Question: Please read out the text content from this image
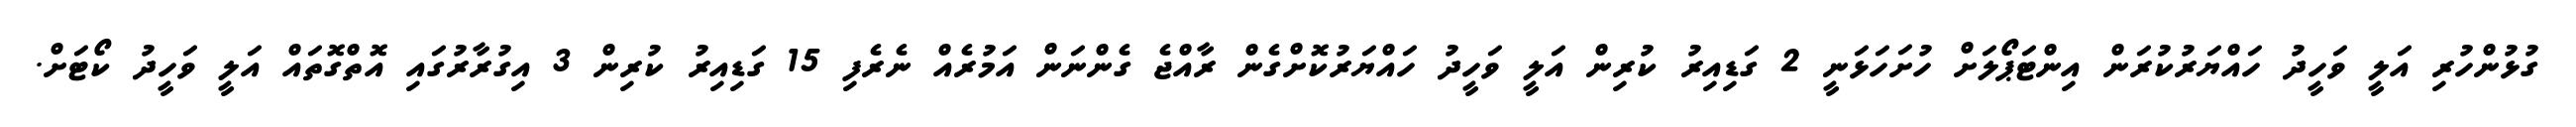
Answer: ގުޅުންހުރި އަލީ ވަހީދު ހައްޔަރުކުރަން އިންޓަޕޯލަށް ހުށަހަޅަނީ 2 ގަޑިއިރު ކުރިން އަލީ ވަހީދު ހައްޔަރުކޮށްގެން ރާއްޖެ ގެންނަން އަމުރެއް ނެރެފި 15 ގަޑިއިރު ކުރިން 3 އިގުރާރުގައި އޮތްގޮތައް އަލީ ވަހީދު ކޯޓަށް.